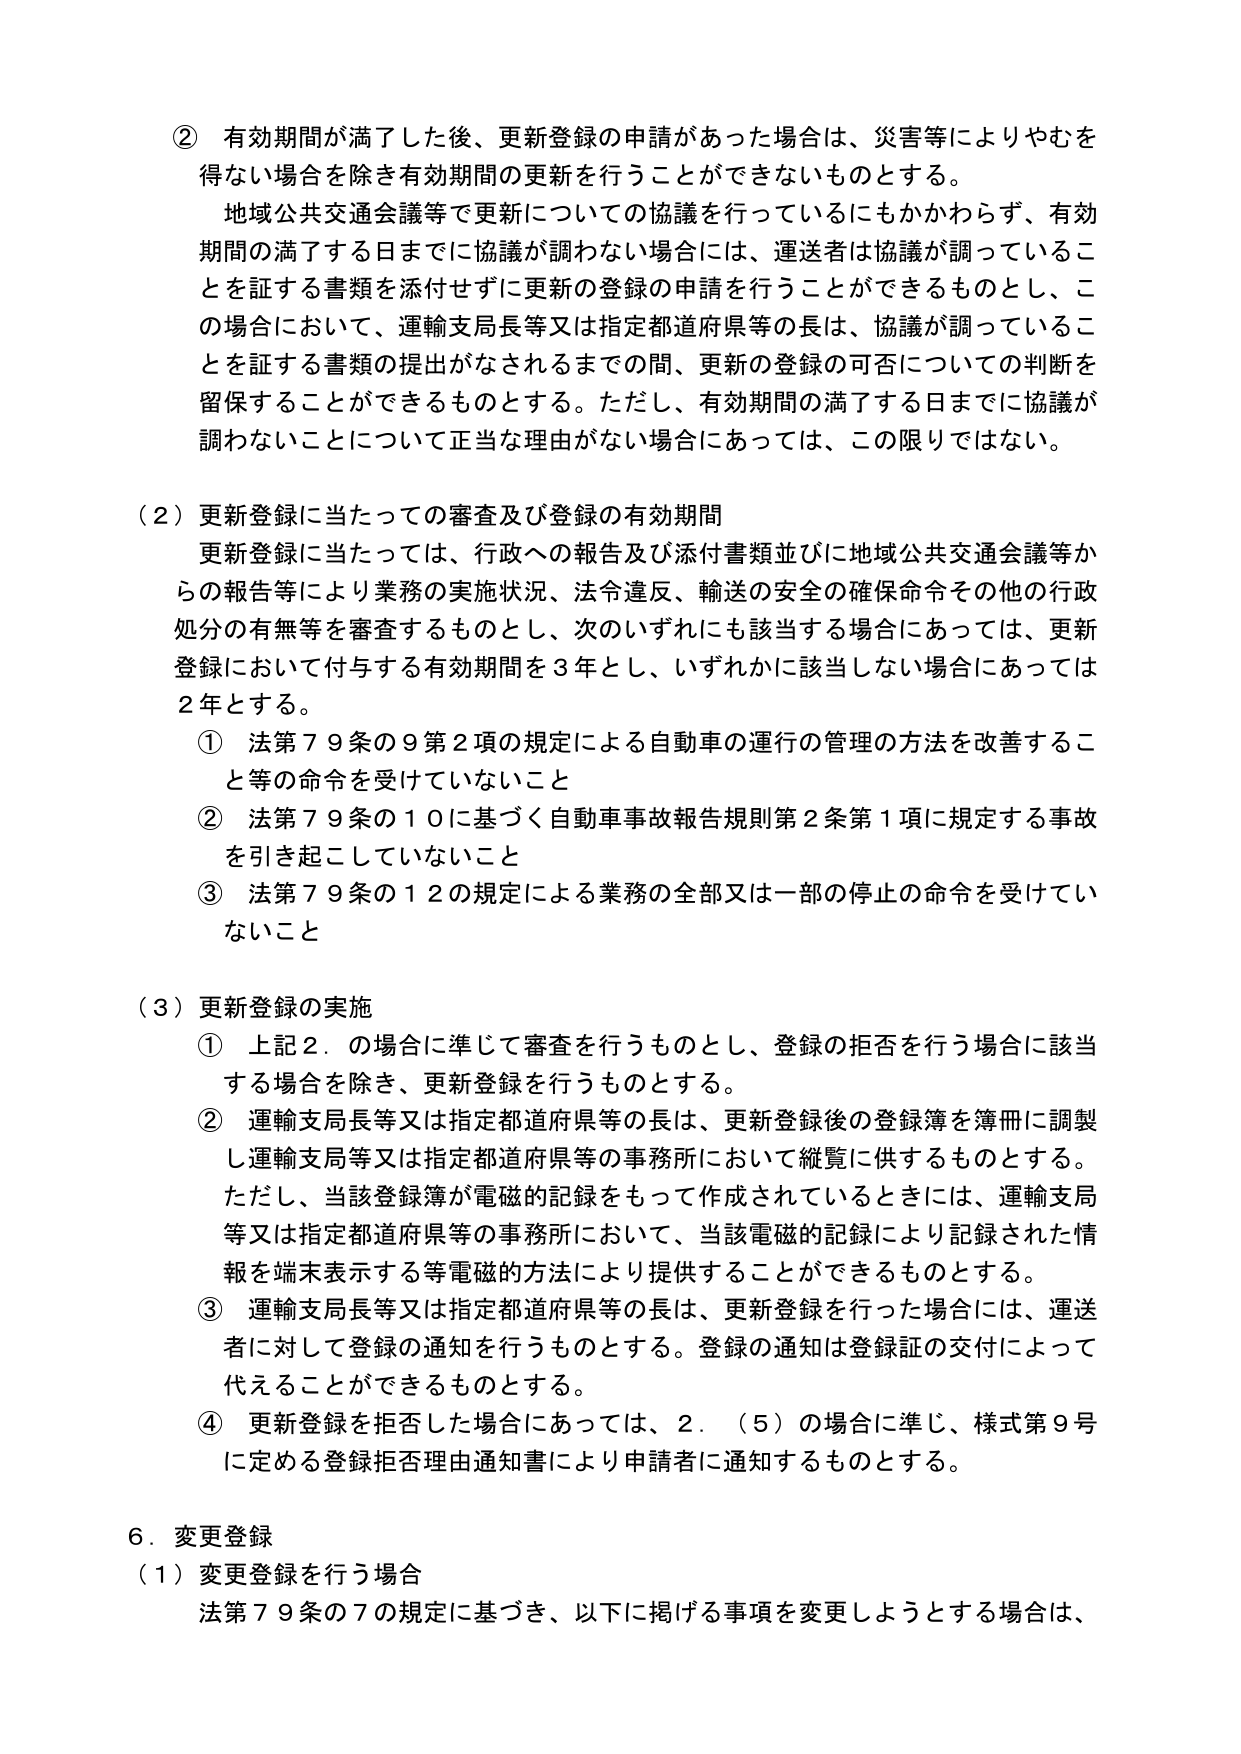
② 有効期間が満了した後、更新登録の申請があった場合は、災害等によりやむを得ない場合を除き有効期間の更新を行うことができないものとする。
地域公共交通会議等で更新についての協議を行っているにもかかわらず、有効期間の満了する日までに協議が調わない場合には、運送者は協議が調っていることを証する書類を添付せずに更新の登録の申請を行うことができるものとし、この場合において、運輸支局長等又は指定都道府県等の長は、協議が調っていることを証する書類の提出がなされるまでの間、更新の登録の可否についての判断を留保することができるものとする。ただし、有効期間の満了する日までに協議が調わないことについて正当な理由がない場合にあっては、この限りではない。

（２）更新登録に当たっての審査及び登録の有効期間
更新登録に当たっては、行政への報告及び添付書類並びに地域公共交通会議等からの報告等により業務の実施状況、法令違反、輸送の安全の確保命令その他の行政処分の有無等を審査するものとし、次のいずれにも該当する場合にあっては、更新登録において付与する有効期間を３年とし、いずれかに該当しない場合にあっては２年とする。
① 法第７９条の９第２項の規定による自動車の運行の管理の方法を改善すること等の命令を受けていないこと
② 法第７９条の１０に基づく自動車事故報告規則第２条第１項に規定する事故を引き起こしていないこと
③ 法第７９条の１２の規定による業務の全部又は一部の停止の命令を受けていないこと

（３）更新登録の実施
① 上記２．の場合に準じて審査を行うものとし、登録の拒否を行う場合に該当する場合を除き、更新登録を行うものとする。
② 運輸支局長等又は指定都道府県等の長は、更新登録後の登録簿を簿冊に調製し運輸支局等又は指定都道府県等の事務所において縦覧に供するものとする。ただし、当該登録簿が電磁的記録をもって作成されているときには、運輸支局等又は指定都道府県等の事務所において、当該電磁的記録により記録された情報を端末表示する等電磁的方法により提供することができるものとする。
③ 運輸支局長等又は指定都道府県等の長は、更新登録を行った場合には、運送者に対して登録の通知を行うものとする。登録の通知は登録証の交付によって代えることができるものとする。
④ 更新登録を拒否した場合にあっては、２．（５）の場合に準じ、様式第９号に定める登録拒否理由通知書により申請者に通知するものとする。

６．変更登録
（１）変更登録を行う場合
法第７９条の７の規定に基づき、以下に掲げる事項を変更しようとする場合は、